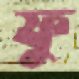
ফু